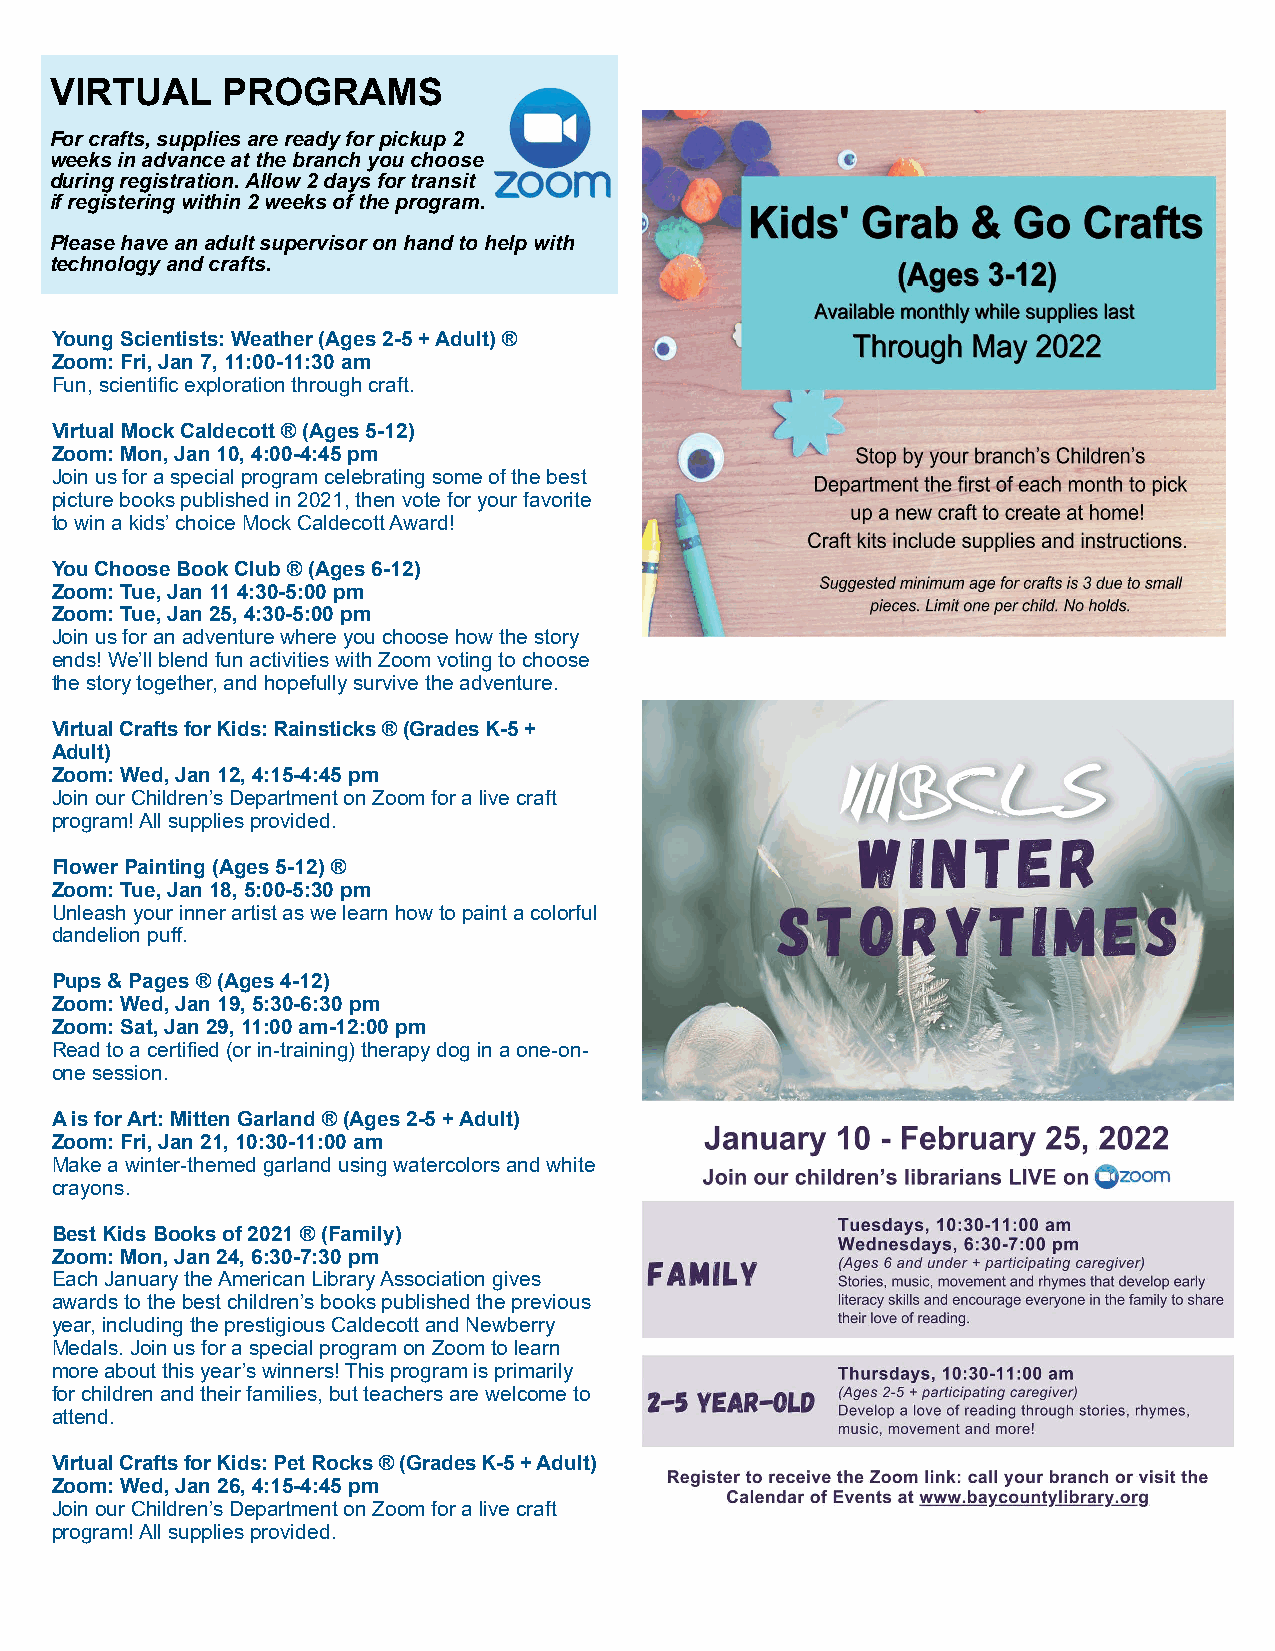
VIRTUAL     PROGRAMS
 For crafts, supplies are ready for pickup 2
 weeks in advance at the branch you choose
 during registration. Allow 2 days for transit
 if registering within 2 weeks of the program.
 Please have an adult supervisor on hand to help with
 technology and crafts.
 Young Scientists: Weather (Ages 2-5 + Adult) ®
 Zoom: Fri, Jan 7, 11:00-11:30 am
 Fun, scientific exploration through craft.
 Virtual Mock Caldecott ® (Ages 5-12)
 Zoom: Mon, Jan 10, 4:00-4:45 pm
 Join us for a special program celebrating some of the best
 picture books published in 2021, then vote for your favorite
 to win a kids’ choice Mock Caldecott Award!
 You Choose Book Club ® (Ages 6-12)
 Zoom: Tue, Jan 11 4:30-5:00 pm
 Zoom: Tue, Jan 25, 4:30-5:00 pm
 Join us for an adventure where you choose how the story
 ends! We’ll blend fun activities with Zoom voting to choose
 the story together, and hopefully survive the adventure.
 Virtual Crafts for Kids: Rainsticks ® (Grades K-5 +
 Adult)
 Zoom: Wed, Jan 12, 4:15-4:45 pm
 Join our Children’s Department on Zoom for a live craft
 program! All supplies provided.
 Flower Painting (Ages 5-12) ®
 Zoom: Tue, Jan 18, 5:00-5:30 pm
 Unleash your inner artist as we learn how to paint a colorful
 dandelion puff.
 Pups & Pages ® (Ages 4-12)
 Zoom: Wed, Jan 19, 5:30-6:30 pm
 Zoom: Sat, Jan 29, 11:00 am-12:00 pm
 Read to a certified (or in-training) therapy dog in a one-on-
 one session.
 A is for Art: Mitten Garland ® (Ages 2-5 + Adult)
 Zoom: Fri, Jan 21, 10:30-11:00 am
 Make a winter-themed garland using watercolors and white
 crayons.
 Best Kids Books of 2021 ® (Family)
 Zoom: Mon, Jan 24, 6:30-7:30 pm
 Each January the American Library Association gives
 awards to the best children’s books published the previous
 year, including the prestigious Caldecott and Newberry
 Medals. Join us for a special program on Zoom to learn
 more about this year’s winners! This program is primarily
 for children and their families, but teachers are welcome to
 attend.
 Virtual Crafts for Kids: Pet Rocks ® (Grades K-5 + Adult)
 Zoom: Wed, Jan 26, 4:15-4:45 pm
 Join our Children’s Department on Zoom for a live craft
 program! All supplies provided.